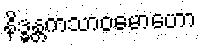
နိဒ္ဓန္တကသာဝမောဟော